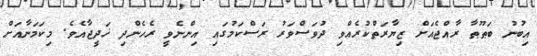
އިބުނު ބަޠޫޠާ ރާއްޖެއަށް ޒިޔާރަތްކުރެއްވި ދުވަސްވަރު ރަސްކަމުގައި އިންނެވީ ރެހެންދި ޚަދީޖާއެވެ. މިކަމަނާއަށް